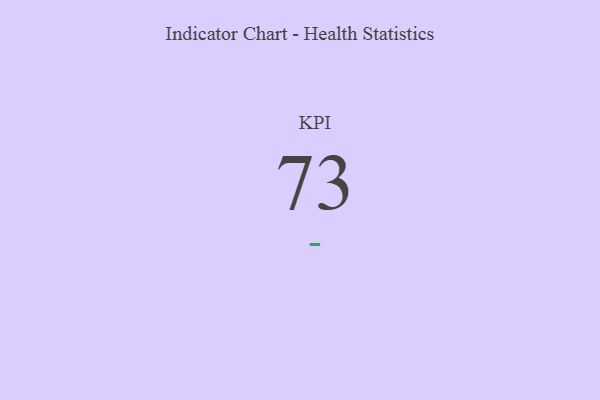
{"axis": {"x": "KPI", "y": "Value"}, "legend": [""], "data": [{"x": "KPI", "y": 73, "type": ""}]}